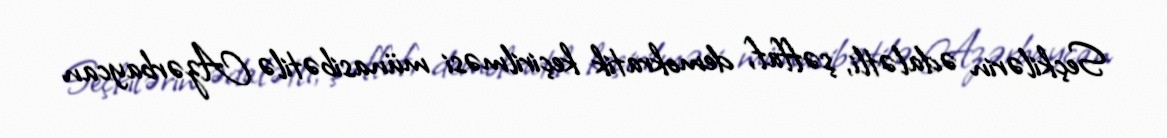
Seçkilərin ədalətli, şəffaf, demokratik keçirilməsi münasibətilə Azərbaycan